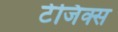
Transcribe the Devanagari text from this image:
टेजिक्स